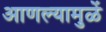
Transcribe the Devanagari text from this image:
आणल्यामुळें